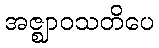
အဇ္ဈာဝသတိပေ